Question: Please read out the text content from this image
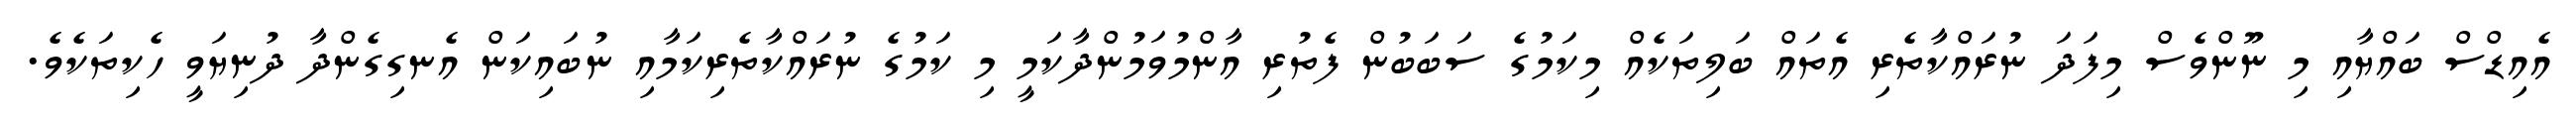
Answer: އެއިޑްސް ބައްޔާއި މި ނޫންވެސް މިފަދަ ނުރައްކާތެރި އެތައް ބަލިތަކެއް މިކަމުގެ ސަބަބުން ފެތުރި އާންމުވަމުންދާކަމީ މި ކަމުގެ ނުރައްކާތެރިކަމާއި ނުބައިކަން އެނގިގެންދާ ދުނިޔަވީ ހެކިތަކެވެ.